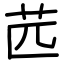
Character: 苉